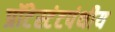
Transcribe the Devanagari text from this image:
प्रॉटेस्टंटपंथीय